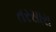
તરસારા